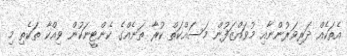
އެތަކެއް ދަރިވަރުންނާއި މުވައްޒަފުން މަސައްކަތް ކުރާ ތަނެއްގެ ކެންޓީނަކުން ވިއްކާ ތަކެތި މި